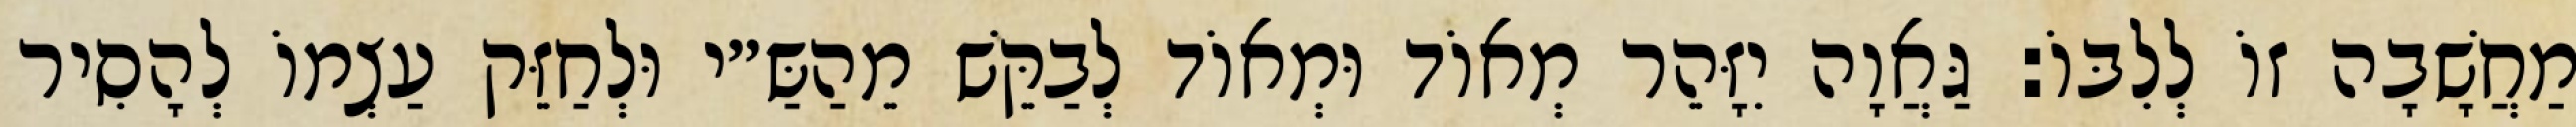
מַחֲשָׁבָה זוֹ לְלִבּוֹ: גַּאֲוָה יִזָּהֵר מְאוֹד וּמְאוֹד לְבַקֵּשׁ מֵהַשַּ״י וּלְחַזֵּק עַצְמוֹ לְהָסִיר